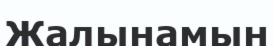
Жалынамын